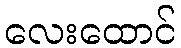
လေးထောင်